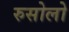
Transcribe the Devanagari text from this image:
रुसोलो